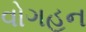
વોગહન